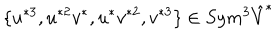
\{ u ^ { * 3 } , u ^ { * 2 } v ^ { * } , u ^ { * } v ^ { * 2 } , v ^ { * 3 } \} \in S y m ^ { 3 } \hat { V } ^ { * }